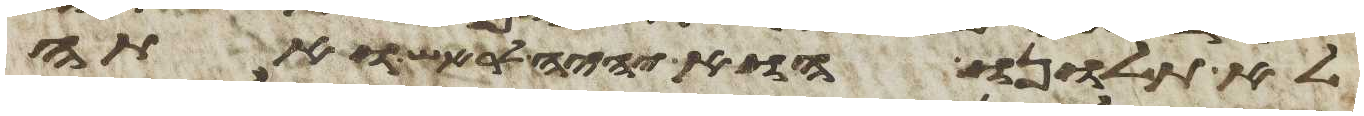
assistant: לא תלונו הוא יהיה לראש ואתה